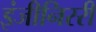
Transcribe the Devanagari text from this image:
इंजीनिररी